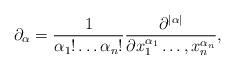
LaTeX: \begin{align*}\partial_\alpha = \dfrac{1}{\alpha_1! \dots \alpha_n!} \dfrac{\partial^{|\alpha|}}{\partial x_1^{\alpha_1}\dots, x_n^{\alpha_n}},\end{align*}